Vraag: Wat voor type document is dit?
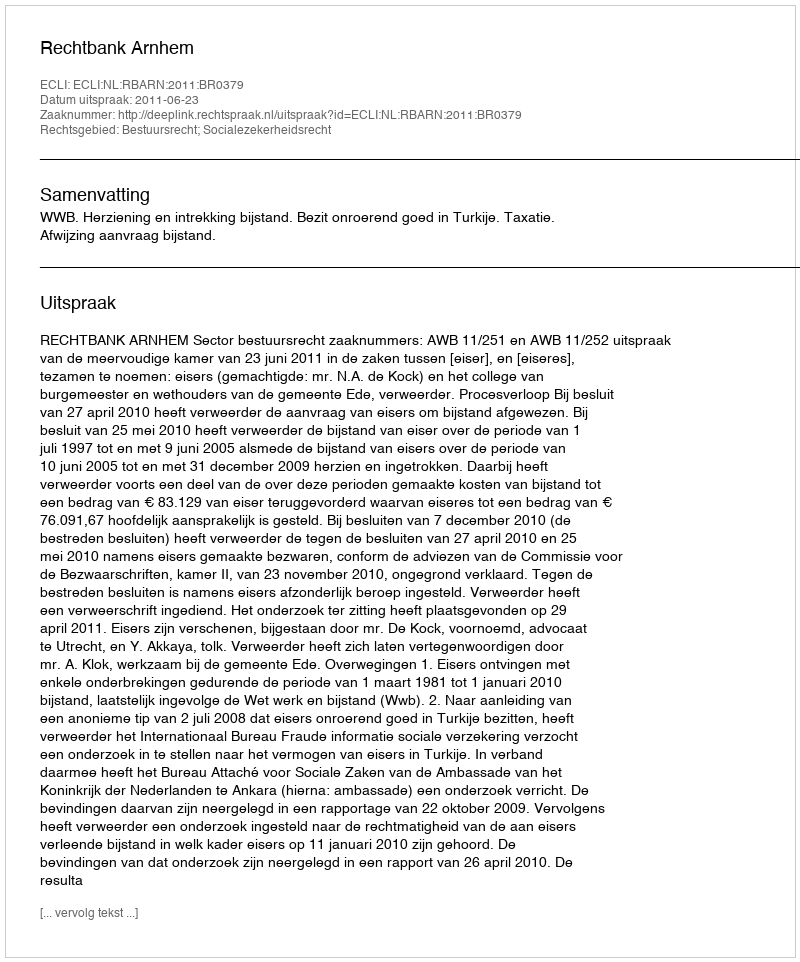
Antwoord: Uitspraak